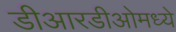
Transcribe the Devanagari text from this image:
डीआरडीओमध्ये